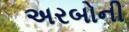
અરબોની